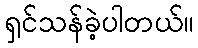
ရှင်သန်ခဲ့ပါတယ်။